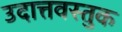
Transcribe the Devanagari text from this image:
उदात्तवस्तुक